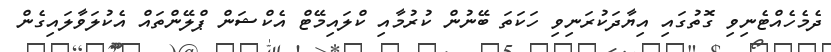
ދެމެހެއްޓެނިވި ގޮތުގައި އިޔާދަކުރަނިވި ހަކަތަ ބޭނުން ކުރުމާއި ކްލައިމޭޓް އެކްޝަން ޕްލޭންތައް އެކުލަވާލައިގެން